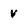
Character: v